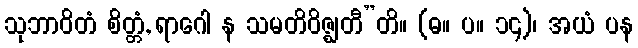
သုဘာဝိတံ စိတ္တံ, ရာဂေါ န သမတိဝိဇ္ဈတီ”တိ။ (ဓ။ ပ။ ၁၄)၊ အယံ ပန